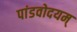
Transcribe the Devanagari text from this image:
पांडवोदयम्